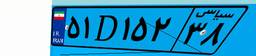
۵۹D۲۴۳۹۲